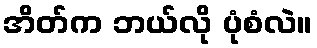
အိတ်က ဘယ်လို ပုံစံလဲ။